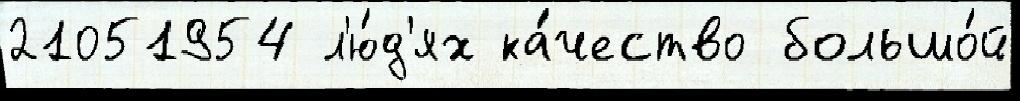
21051954 л'ю́д'ях ка́чество большо́й